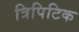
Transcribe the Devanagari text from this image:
त्रिपिटिक